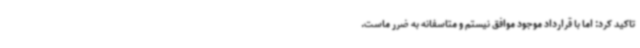
تاکید کرد: اما با قرارداد موجود موافق نیستم و متاسفانه به ضرر ماست.